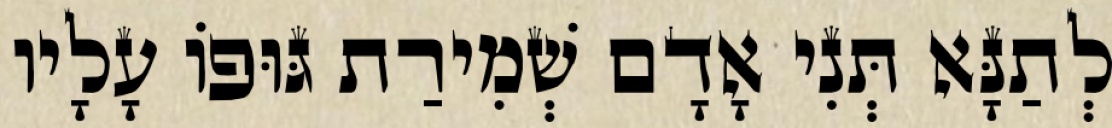
לְתַנָּא תְּנִי אָדָם שְׁמִירַת גּוּפוֹ עָלָיו